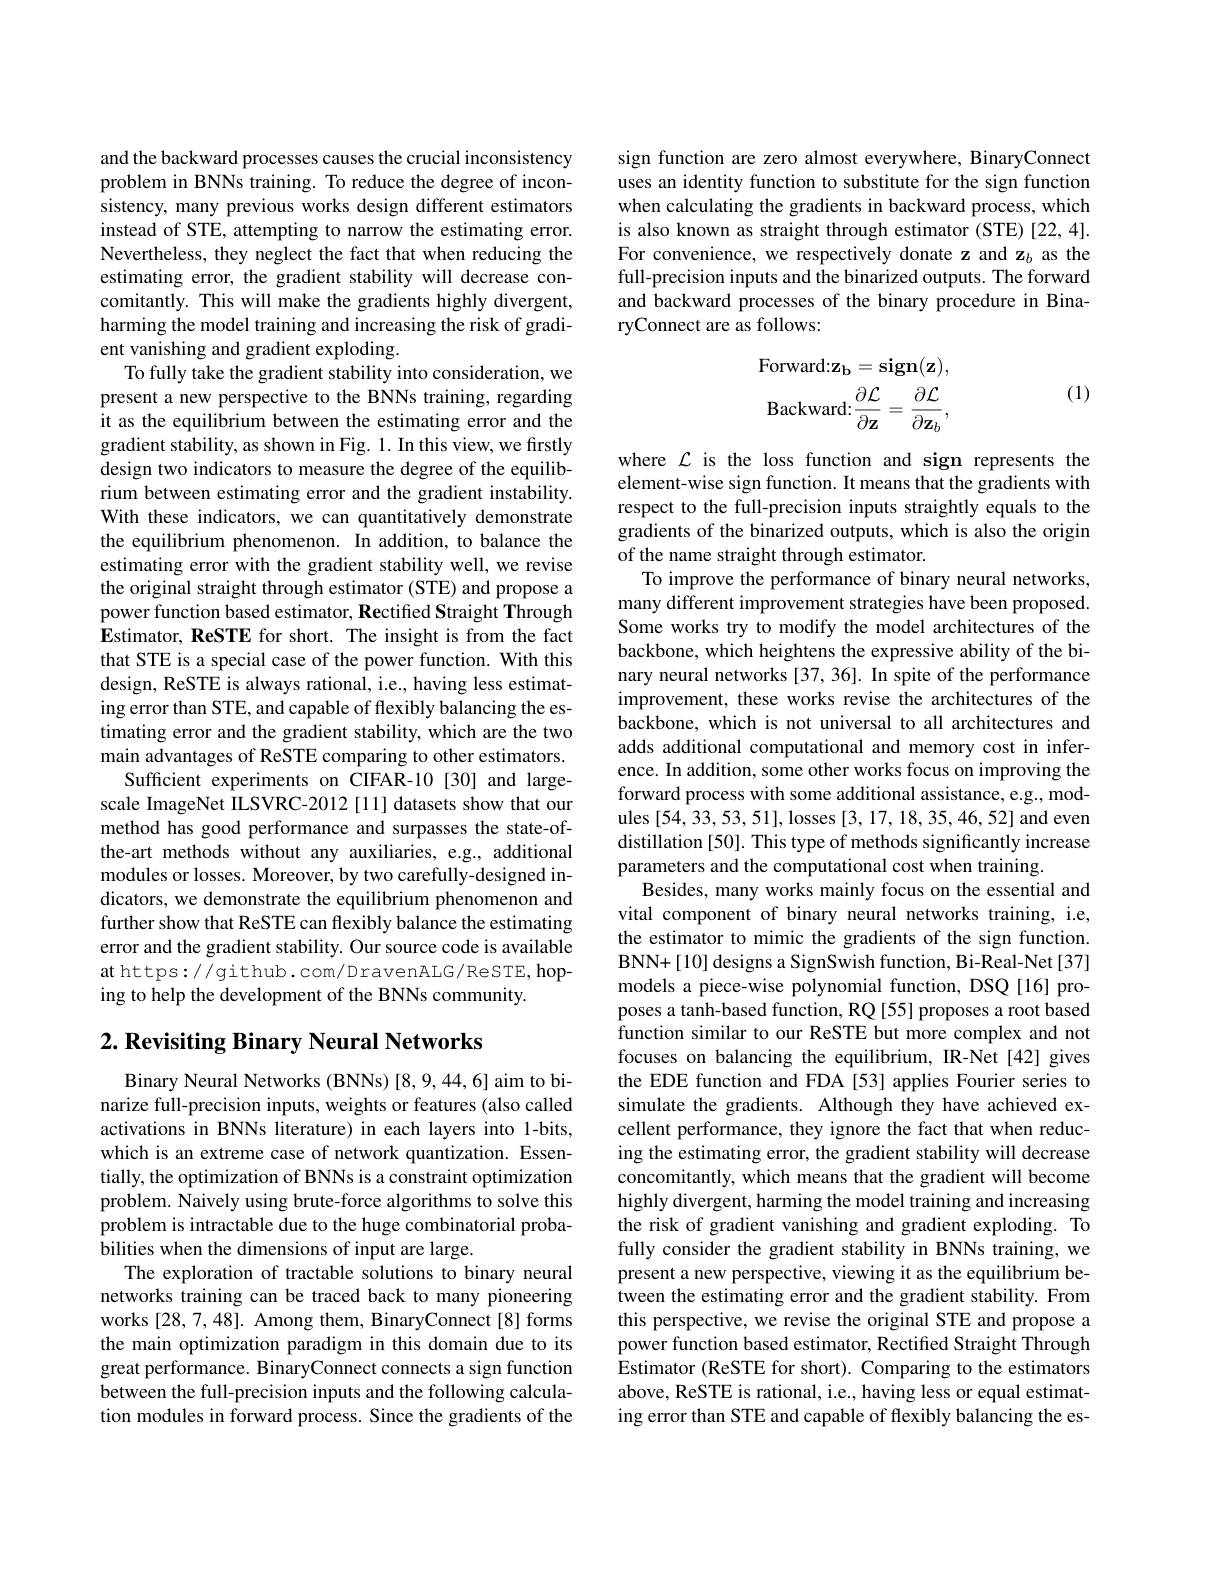
and the backward processes causes the crucial inconsistency problem in BNNs training. To reduce the degree of inconsistency, many previous works design different estimators instead of STE, attempting to narrow the estimating error. Nevertheless, they neglect the fact that when reducing the estimating error, the gradient stability will decrease concomitantly. This will make the gradients highly divergent, harming the model training and increasing the risk of gradient vanishing and gradient exploding.
To fully take the gradient stability into consideration, we present a new perspective to the BNNs training, regarding it as the equilibrium between the estimating error and the gradient stability, as shown in Fig. 1. In this view, we firstly design two indicators to measure the degree of the equilibrium between estimating error and the gradient instability. With these indicators, we can quantitatively demonstrate the equilibrium phenomenon. In addition, to balance the estimating error with the gradient stability well, we revise the original straight through estimator (STE) and propose a power function based estimator, Rectified Straight Through Estimator, ReSTE for short. The insight is from the fact that STE is a special case of the power function. With this design, ReSTE is always rational, i.e., having less estimating error than STE, and capable of flexibly balancing the estimating error and the gradient stability, which are the two main advantages of ReSTE comparing to other estimators.
Sufficient experiments on CIFAR-10 [30] and largescale ImageNet IILSVRC-2012[11] datasets show that our method has good performance and surpasses the state-ofthe-art methods without any auxiliaries, e.g., additional modules or losses. Moreover, by two carefully-designed indicators, we demonstrate the equilibrium phenomenon and further show that ReSTE can flexibly balance the estimating error and the gradient stability. Our source code is available at https://github.com/DravenALG/ReSTE, hoping to help the development of the BNNs community.

## $2. \textbf{ Revisiting Binary Neural Networks}$

Binary Neural Networks (BNNs) [8,9,44,6] aim to binarize full-precision inputs, weights or features (also called activations in BNNs literature) in each layers into 1-bits, which is an extreme case of network quantization. Essentially, the optimization of BNNs is a constraint optimization problem. Naively using brute-force algorithms to solve this problem is intractable due to the huge combinatorial probabilities when the dimensions of input are large.
The exploration of tractable solutions to binary neural networks training can be traced back to many pioneering works [28,7,48]. Among them, BinaryConnect[8] forms the main optimization paradigm in this domain due to its great performance. BinaryConnect connects a sign function between the full-precision inputs and the following calculation modules in forward process. Since the gradients of the

sign function are zero almost everywhere, BinaryConnect uses an identity function to substitute for the sign function when calculating the gradients in backward process, which is also known as straight through estimator (STE)[22,4]. For convenience, we respectively donate z and z$_b$ as the full-precision inputs and the binarized outputs. The forward and backward processes of the binary procedure in BinaryConnect are as follows:

(1)
$$\begin{matrix}\text{Forward:}\mathbf{z_b}=\mathbf{sign}(\mathbf{z}),\\\text{Backward:}\dfrac{\partial\mathcal{L}}{\partial\mathbf{z}}=\dfrac{\partial\mathcal{L}}{\partial\mathbf{z}_b},\end{matrix}$$
where $\mathcal{L}$ is the loss function and sign represents the element-wise sign function. It means that the gradients with respect to the full-precision inputs straightly equals to the gradients of the binarized outputs, which is also the origin of the name straight through estimator.
To improve the performance of binary neural networks, many different improvement strategies have been proposed. Some works try to modify the model architectures of the backbone, which heightens the expressive ability of the binary neural networks [37,36]. In spite of the performance improvement, these works revise the architectures of the backbone, which is not universal to all architectures and adds additional computational and memory cost in inference. In addition, some other works focus on improving the forward process with some additional assistance, e.g., modules [54,33,53,51], losses [3,17,18,35,46,52] and even distillation [50]. This type of methods significantly increase parameters and the computational cost when training.
Besides, many works mainly focus on the essential and vital component of binary neural networks training, i.e, the estimator to mimic the gradients of the sign function. BNN+[10] designs a SignSwish function, Bi-Real-Net[37] models a piece-wise polynomial function, DSQ[16] proposes a tanh-based function, RQ [55] proposes a root based function similar to our ReSTE but more complex and not focuses on balancing the equilibrium, IR-Net[42] gives the EDE function and FDA [53] applies Fourier series to simulate the gradients. Although they have achieved excellent performance, they ignore the fact that when reducing the estimating error, the gradient stability will decrease concomitantly, which means that the gradient will become highly divergent, harming the model training and increasing the risk of gradient vanishing and gradient exploding. To fully consider the gradient stability in BNNs training, we present a new perspective, viewing it as the equilibrium be- $\hat{\text{tween the estimating error and the gradient stability. From}}$ this perspective, we revise the original STE and propose a power function based estimator, Rectified Straight Through Estimator (ReSTE for short). Comparing to the estimators above, ReSTE is rational, i.e., having less or equal estimating error than STE and capable of flexibly balancing the es-